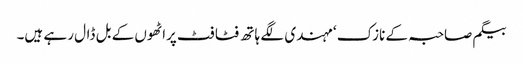
بیگم صاحبہ کے نازک ‘ مہندی لگے ہاتھ فٹا فٹ پراٹھوں کے بل ڈال رہے ہیں۔